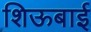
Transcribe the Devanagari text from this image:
शिऊबाई